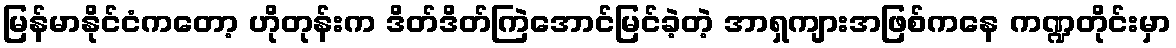
မြန်မာနိုင်ငံကတော့ ဟိုတုန်းက ဒိတ်ဒိတ်ကြဲအောင်မြင်ခဲ့တဲ့ အာရှကျားအဖြစ်ကနေ ကဏ္ဍတိုင်းမှာ